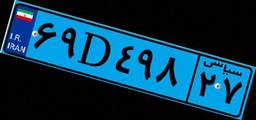
۰۰D۷۳۹۹۰